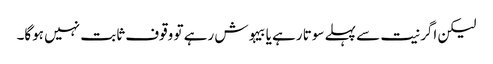
لیکن اگر نیت سے پہلے سوتا رہے یا بیہوش رہے تو وقوف ثابت نہیں ہوگا۔